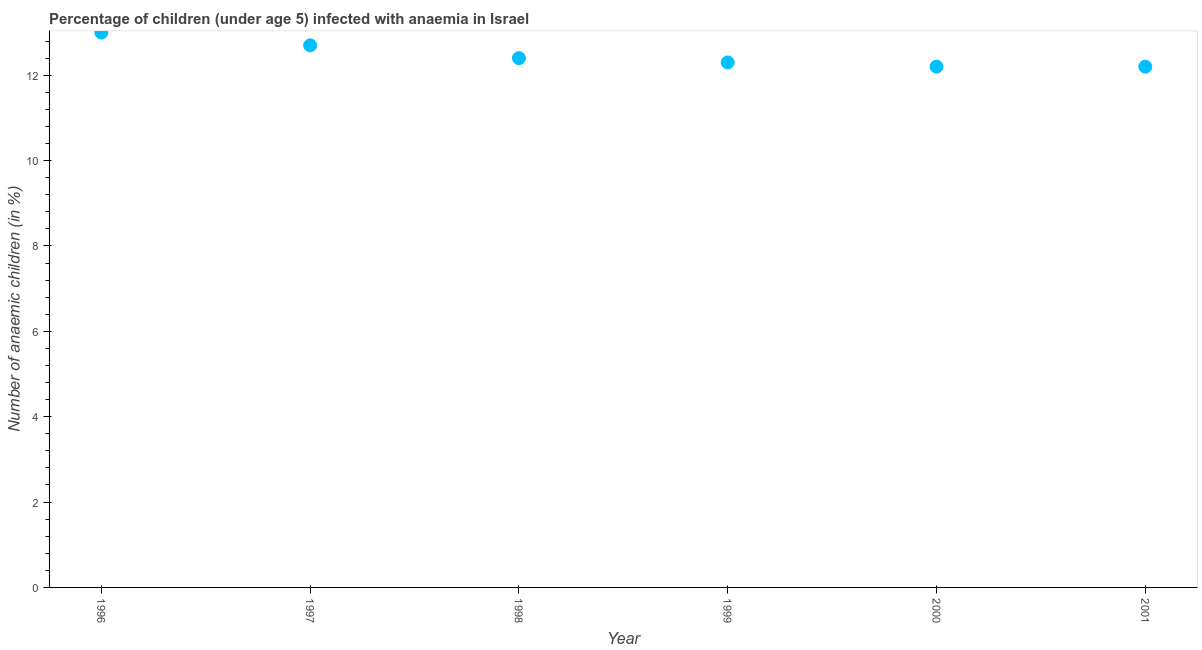
| Year | Prevalence of anemia among children |
 | --- | --- |
 | 1996 | 13 |
 | 1997 | 12.7 |
 | 1998 | 12.4 |
 | 1999 | 12.3 |
 | 2000 | 12.2 |
 | 2001 | 12.2 |